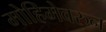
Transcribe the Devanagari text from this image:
मोहिमेवरुन